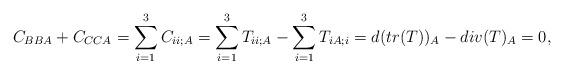
LaTeX: \begin{align*} C_{BBA}+C_{CCA} = \sum_{i=1}^3C_{ii;A} = \sum_{i=1}^3T_{ii;A} - \sum_{i=1}^3T_{iA;i} = d(tr(T))_A - div(T)_{A} =0, \end{align*}